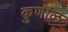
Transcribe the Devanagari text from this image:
क़ुणाल